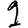
Digit: 1